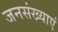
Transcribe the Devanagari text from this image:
जनसंख्याएं